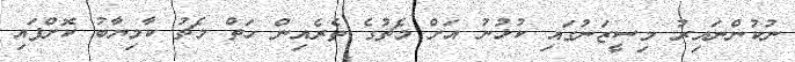
ނުކުންނައިރު މިސީޒަނުގައި ކުޅުނު އަށް މެޗުގެ ތެރެއިން ހަތް މެޗު ކާމިޔާބު ކޮށްފައި